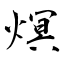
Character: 熐